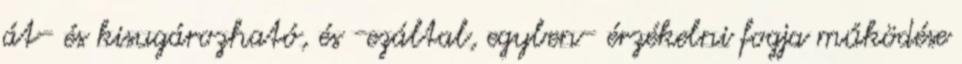
át- és kisugározható, és -ezáltal, egyben- érzékelni fogja működése